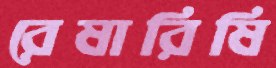
রেষারিষি